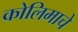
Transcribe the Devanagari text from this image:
कोलिमाचे